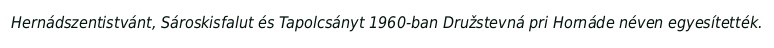
Hernádszentistvánt, Sároskisfalut és Tapolcsányt 1960-ban Družstevná pri Hornáde néven egyesítették.